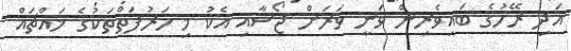
އަދި ރޭހުގެ ބައިވެރިން ވަނީ ވަރަށް ޖޯޝާއި އެކު މި ހަރުފަތްތަކުގެ މައްޗައް